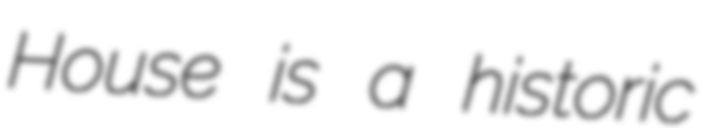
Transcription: House is a historic